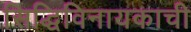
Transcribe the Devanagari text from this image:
सिद्धिविनायकाची